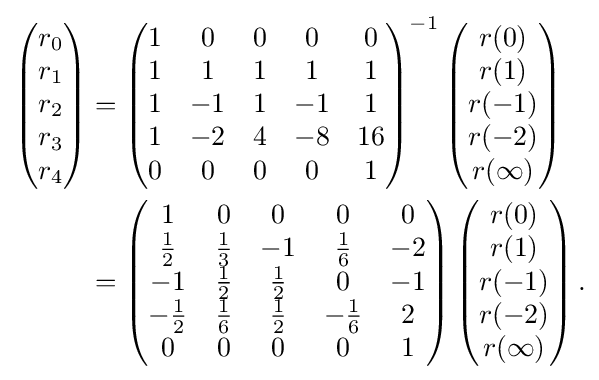
{\begin{aligned}\left({\begin{matrix}r_{0}\\r_{1}\\r_{2}\\r_{3}\\r_{4}\end{matrix}}\right)&{}=\left({\begin{matrix}1&0&0&0&0\\1&1&1&1&1\\1&-1&1&-1&1\\1&-2&4&-8&16\\0&0&0&0&1\end{matrix}}\right)^{-1}\left({\begin{matrix}r(0)\\r(1)\\r(-1)\\r(-2)\\r(\infty )\end{matrix}}\right)\\&{}=\left({\begin{matrix}1&0&0&0&0\\{\tfrac {1}{2}}&{\tfrac {1}{3}}&-1&{\tfrac {1}{6}}&-2\\-1&{\tfrac {1}{2}}&{\tfrac {1}{2}}&0&-1\\-{\tfrac {1}{2}}&{\tfrac {1}{6}}&{\tfrac {1}{2}}&-{\tfrac {1}{6}}&2\\0&0&0&0&1\end{matrix}}\right)\left({\begin{matrix}r(0)\\r(1)\\r(-1)\\r(-2)\\r(\infty )\end{matrix}}\right).\end{aligned}}